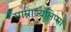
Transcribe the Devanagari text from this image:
साम्राज्यलिप्सा